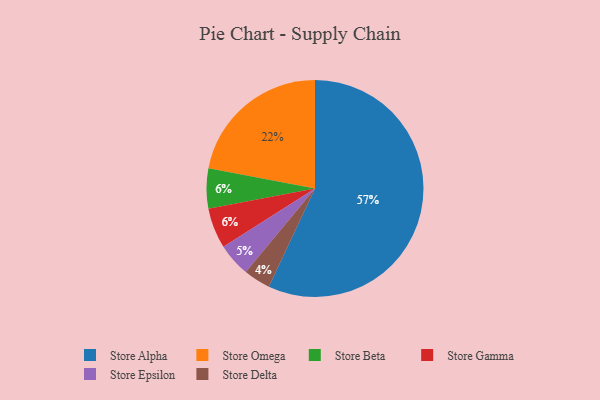
{"axis": {"x": "Category", "y": "Percentage"}, "legend": ["Store Alpha", "Store Beta", "Store Delta", "Store Epsilon", "Store Gamma", "Store Omega"], "data": [{"x": "Store Omega", "y": 22, "type": "Store Omega"}, {"x": "Store Delta", "y": 4, "type": "Store Delta"}, {"x": "Store Alpha", "y": 57, "type": "Store Alpha"}, {"x": "Store Beta", "y": 6, "type": "Store Beta"}, {"x": "Store Epsilon", "y": 5, "type": "Store Epsilon"}, {"x": "Store Gamma", "y": 6, "type": "Store Gamma"}]}